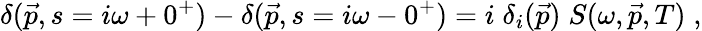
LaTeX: \delta(\vec{p},s=i\omega+0^{+})-\delta(\vec{p},s=i\omega-0^{+})=i\; \delta_{i}(\vec{p})\; S(\omega,\vec{p},T)\; ,